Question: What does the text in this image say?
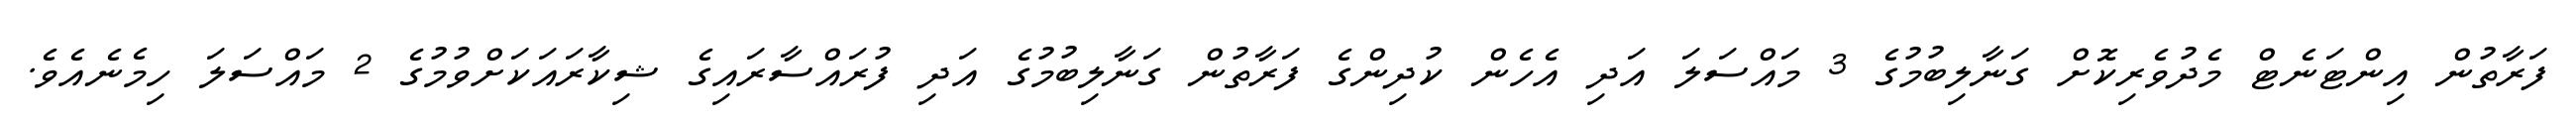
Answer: ފަރާތުން އިންޓަނެޓް މެދުވެރިކޮށް ގަނާލިބުމުގެ 3 މައްސަލަ އަދި އެހެން ކުދިންގެ ފަރާތުން ގަނާލިބުމުގެ އަދި ފުރައްސާރައިގެ ޝިކާރައަކަށްވުމުގެ 2 މައްސަލަ ހިމެނެއެވެ.